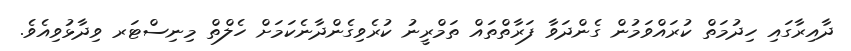
ދާއިރާގައިި ހިދުމަތް ކުރައްވަމުން ގެންދަވާ ފަރާތްތައް ތަމްރީނު ކުރެވިގެންދާނެކަމަށް ހެލްތް މިނިސްޓަރ ވިދާޅުވިއެވެ.